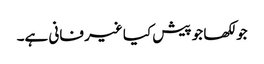
جو لکھا جو پیش کیا غیر فانی ہے۔